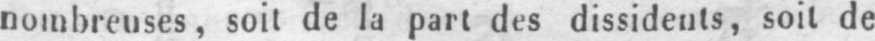
nombreuses, soit de la part des dissidents, soit de